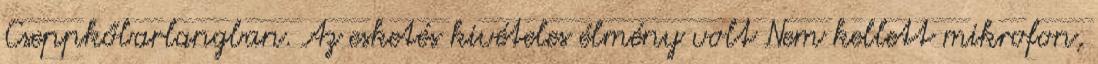
Cseppkőbarlangban. Az esketés kivételes élmény volt Nem kellett mikrofon,